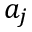
a _ { j }